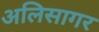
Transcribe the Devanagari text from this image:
अलिसागर